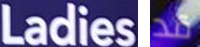
Ladies قد